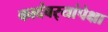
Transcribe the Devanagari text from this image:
कादंबर्‍यांपेक्षा